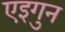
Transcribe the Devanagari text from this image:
एइगुन